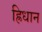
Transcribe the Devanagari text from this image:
ह्रिधान